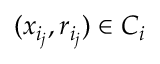
( x _ { i _ { j } } , r _ { i _ { j } } ) \in C _ { i }